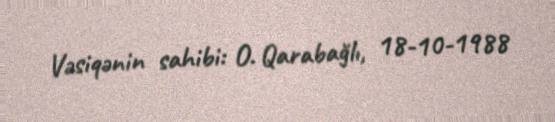
Vəsiqənin sahibi: O. Qarabağlı, 18-10-1988